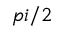
p i / 2